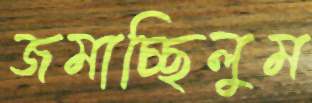
জমাচ্ছিলুম